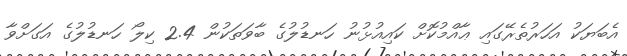
އެބަޔަކު އަހަރުތެރޭގައި ޢާއްމުކޮށް ކައިއުޅުނު ހަނޑުލުގެ ބާވަތަކުން 2.4 ކިލޯ ހަނޑުލުގެ އަގަށްވާ